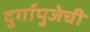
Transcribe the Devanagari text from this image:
दुर्गापुजेची